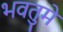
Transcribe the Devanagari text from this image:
भवतुमे